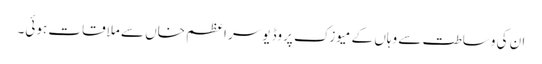
ان کی وساطت سے وہاں کے میوزک پروڈیوسر اعظم خاں سے ملاقات ہوئی۔